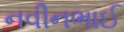
નવીનભાઈ